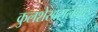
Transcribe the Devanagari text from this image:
कुलशेखरालवार